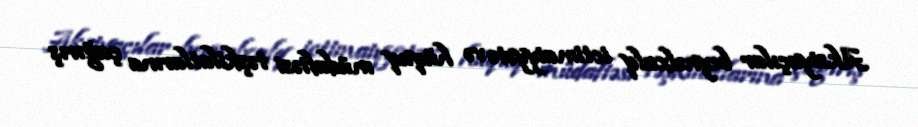
Aksiyaçılar beynəlxalq ictimaiyyətə və hüquq müdafiəsi təşkilatlarına çağırış